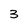
Character: 3